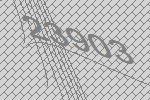
23903